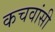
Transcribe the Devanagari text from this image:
कचवांसी